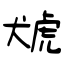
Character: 猇